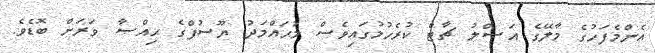
އެންމެފަހުގެ މާލޭގެ އަޞްލު ޗާޓް ކުރެހުމުގައިވެސް މުޙައްމަދު ޔޫސުފްގެ ޙިއްޞާ ވަރަށް ބޮޑެވެ.